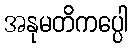
အနုမတိကပ္ပေါ